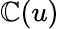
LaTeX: \mathbb{C}(u)